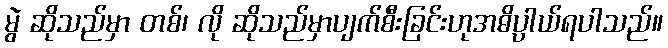
မွဲ ဆိုသည်မှာ တစ်၊ လို ဆိုသည်မှာပျက်စီးခြင်းဟုအဓိပ္ပါယ်ရပါသည်။